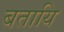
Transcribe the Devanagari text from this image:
बतायि